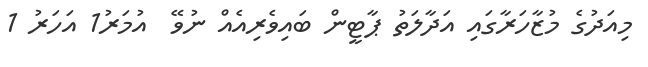
މިއަދުގެ މުޒާހަރާގައި އަދާލަތު ޕާޓީން ބައިވެރިއެއް ނުވޭ  އުމަރު1 އަހަރު 1